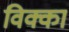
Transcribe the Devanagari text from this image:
विक्का